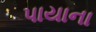
પાયાના